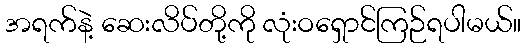
အရက်နဲ့ ဆေးလိပ်တို့ကို လုံးဝရှောင်ကြဉ်ရပါမယ်။